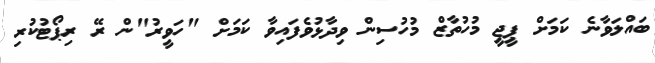
ބައްލަވާނެ ކަމަށް ޕީޖީ މުހުތާޒް މުހުސިން ވިދާޅުވެފައިވާ ކަމަށް "ހަވީރު"ން ރޭ ރިޕޯޓުކުރި